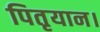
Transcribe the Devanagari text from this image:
पितृयान।